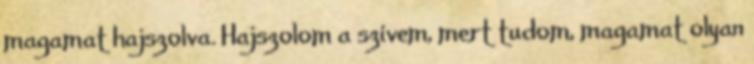
magamat hajszolva. Hajszolom a szívem, mert tudom, magamat olyan